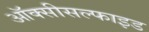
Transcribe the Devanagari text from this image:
ऑक्सीसल्फाइड